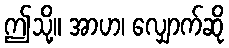
ဤသို့။ အာဟ၊ လျှောက်ဆို